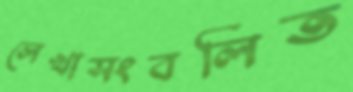
লেখাসংবলিত